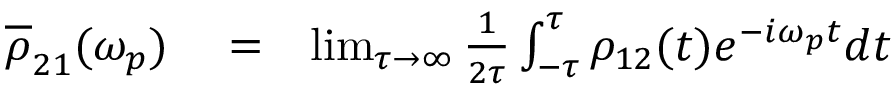
\begin{array} { r l r } { \overline { \rho } _ { 2 1 } ( \omega _ { p } ) } & { { } = } & { \operatorname* { l i m } _ { \tau \rightarrow \infty } \frac { 1 } { 2 \tau } \int _ { - \tau } ^ { \tau } \rho _ { 1 2 } ( t ) e ^ { - i \omega _ { p } t } d t } \end{array}